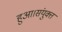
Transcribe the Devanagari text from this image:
हुआ।संयुक्त